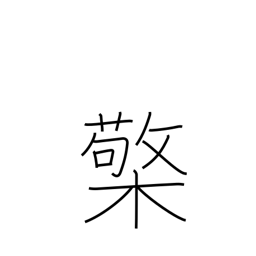
Meaning: lamp stand